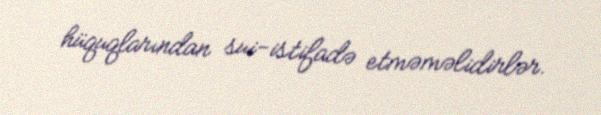
hüquqlarından sui-istifadə etməməlidirlər.